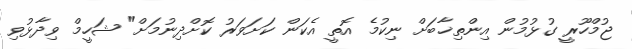
ޖުމްހޫރީ ގުޅުމުން އިންތިޚާބަށް ނިކުމެ އޮތީ އެކަން ކަށަވަރު ކޮށްދިނުމަށް" ޝަހީމް ވިދާޅުވި